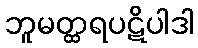
ဘူမတ္ထရပဋိပါဒါ